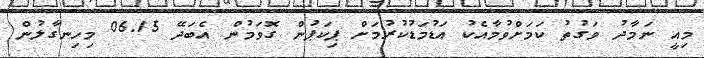
މިއީ ނަމާދު ވަގުތު ކަމަށްވުމާއެކު އަޑުމަޑުކުރުމަށް ޕިކަޕުން ގޮވަމުން އެބަދޭ 06.15 މިހިނގާލުން